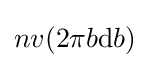
nv(2\pi b\mathrm {d} b)